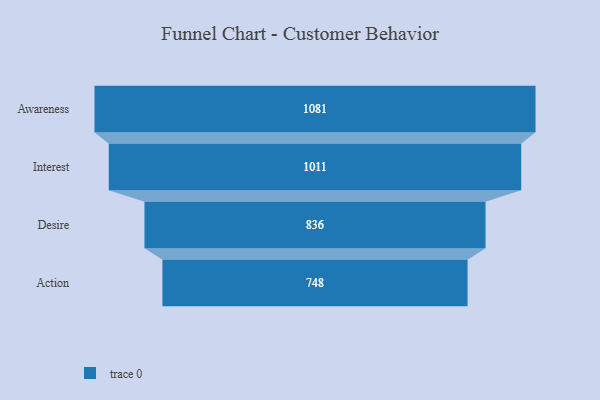
{"axis": {"x": "Stage", "y": "Value"}, "legend": [""], "data": [{"x": "Awareness", "y": 1081.0, "type": ""}, {"x": "Interest", "y": 1011.0, "type": ""}, {"x": "Desire", "y": 836.0, "type": ""}, {"x": "Action", "y": 748.0, "type": ""}]}